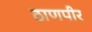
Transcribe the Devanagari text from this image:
ठाणपीर